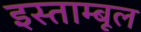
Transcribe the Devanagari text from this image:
इस्ताम्बूल